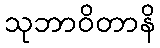
သုဘာဝိတာနိ